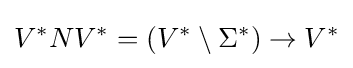
V^{*}NV^{*}=(V^{*}\setminus \Sigma ^{*})\to V^{*}